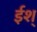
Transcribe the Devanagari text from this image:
ईश्